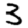
Digit: 3